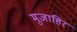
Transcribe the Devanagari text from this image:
मुजाहिर